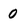
Character: 0